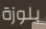
بلوزة